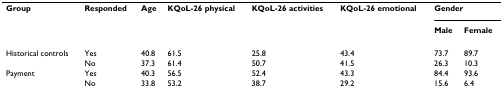
<table><thead><tr><td><b>Group</b></td><td><b>Responded</b></td><td><b>Age</b></td><td><b>KQoL-26 physical</b></td><td><b>KQoL-26 activities</b></td><td><b>KQoL-26 emotional</b></td><td colspan="2"><b>Gender</b></td></tr><tr><td></td><td></td><td></td><td></td><td></td><td></td><td><b>Male</b></td><td><b>Female</b></td></tr></thead><tbody><tr><td>Historical controls</td><td>Yes</td><td>40.8</td><td>61.5</td><td>25.8</td><td>43.4</td><td>73.7</td><td>89.7</td></tr><tr><td></td><td>No</td><td>37.3</td><td>61.4</td><td>50.7</td><td>41.5</td><td>26.3</td><td>10.3</td></tr><tr><td>Payment</td><td>Yes</td><td>40.3</td><td>56.5</td><td>52.4</td><td>43.3</td><td>84.4</td><td>93.6</td></tr><tr><td></td><td>No</td><td>33.8</td><td>53.2</td><td>38.7</td><td>29.2</td><td>15.6</td><td>6.4</td></tr></tbody></table>